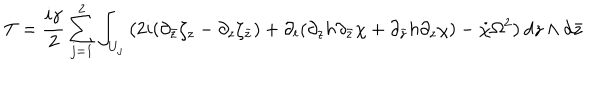
T = \frac { i \gamma } { 2 } \sum _ { j = 1 } ^ { 2 } \int _ { U _ { j } } \left( 2 i ( \partial _ { \bar { z } } \zeta _ { z } - \partial _ { z } \zeta _ { \bar { z } } ) + \partial _ { t } ( \partial _ { z } h \partial _ { \bar { z } } \chi + \partial _ { \bar { z } } h \partial _ { z } \chi ) - \dot { \chi } \Omega ^ { 2 } \right) d z \wedge d \bar { z }